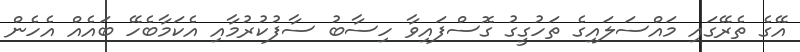
އޭގެ ތެރޭގައި މައްސަލައިގެ ތަހުގީގު ގޮސްފައިވާ ހިސާބު ސާފުކުރުމާއި އެކަމާބެހޭ ބައެއް އެހެން